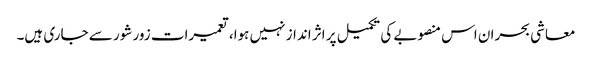
معاشی بحران اس منصوبے کی تکمیل پر اثر انداز نہیں ہوا، تعمیرات زور شور سے جاری ہیں۔